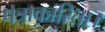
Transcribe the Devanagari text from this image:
पत्राकारिता।